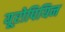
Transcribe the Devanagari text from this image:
यूरोपियिन